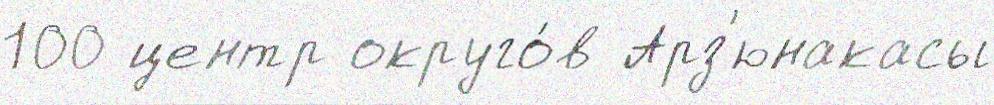
100 центр округо́в Арз'юнакасы